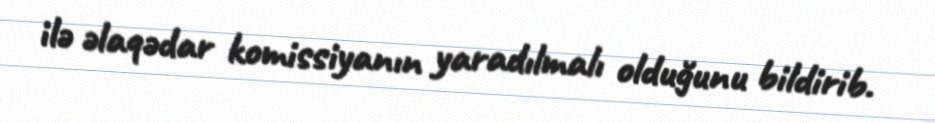
ilə əlaqədar komissiyanın yaradılmalı olduğunu bildirib.